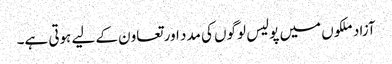
آزاد ملکوں میں پولیس لوگوں کی مدد اور تعاون کے لیے ہوتی ہے۔